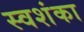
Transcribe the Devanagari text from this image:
स्वशंका